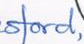
sford